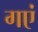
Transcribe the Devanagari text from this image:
गएं